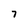
Character: 7